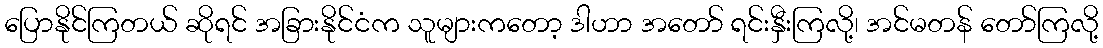
ပြောနိုင်ကြတယ် ဆိုရင် အခြားနိုင်ငံက သူများကတော့ ဒါဟာ အတော် ရင်းနှီးကြလို့၊ အင်မတန် တော်ကြလို့